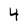
Character: 4